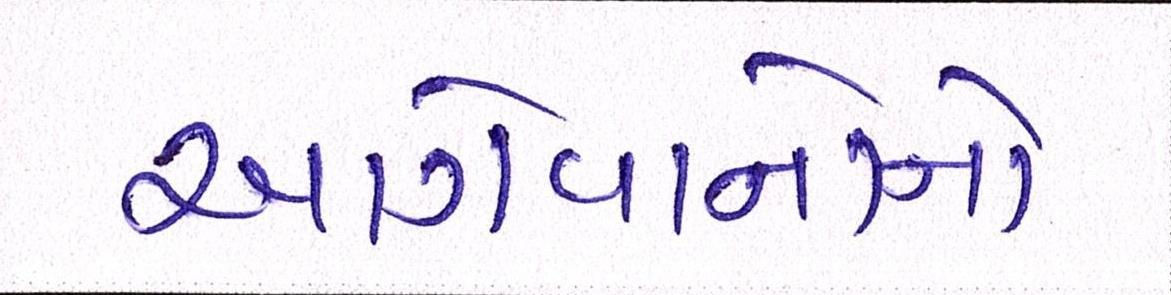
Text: આગેવાનોનો